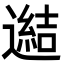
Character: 𨗟